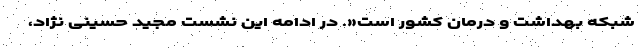
شبکه بهداشت و درمان کشور است«. در ادامه این نشست مجید حسینی نژاد،